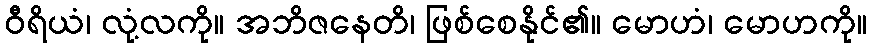
ဝီရိယံ၊ လုံ့လကို။ အဘိဇနေတိ၊ ဖြစ်စေနိုင်၏။ မောဟံ၊ မောဟကို။